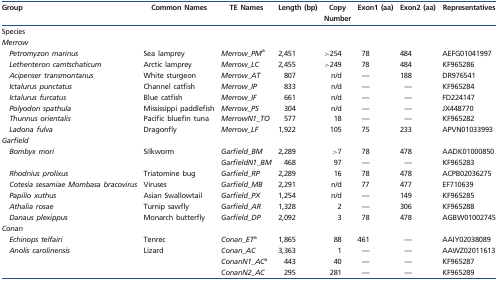
<table><thead><tr><td><b>Group</b></td><td><b>Common Names</b></td><td><b>TE Names</b></td><td><b>Length (bp)</b></td><td><b>Copy Number</b></td><td><b>Exon1 (aa)</b></td><td><b>Exon2 (aa)</b></td><td><b>Representatives</b></td></tr></thead><tbody><tr><td colspan="8">Species</td></tr><tr><td colspan="8"><i>Merrow</i></td></tr><tr><td><i>Petromyzon marinus</i></td><td>Sea lamprey</td><td><i>Merrow_PM</i><sup>a</sup></td><td>2,451</td><td>&gt;254</td><td>78</td><td>484</td><td>AEFG01041997</td></tr><tr><td><i>Lethenteron camtschaticum</i></td><td>Arctic lamprey</td><td><i>Merrow_LC</i></td><td>2,455</td><td>&gt;249</td><td>78</td><td>484</td><td>KF965286</td></tr><tr><td><i>Acipenser transmontanus</i></td><td>White sturgeon</td><td><i>Merrow_AT</i></td><td>807</td><td>n/d</td><td>—</td><td>188</td><td>DR976541</td></tr><tr><td><i>Ictalurus punctatus</i></td><td>Channel catfish</td><td><i>Merrow_IP</i></td><td>833</td><td>n/d</td><td>—</td><td>—</td><td>KF965284</td></tr><tr><td><i>Ictalurus furcatus</i></td><td>Blue catfish</td><td><i>Merrow_IF</i></td><td>661</td><td>n/d</td><td>—</td><td>—</td><td>FD224147</td></tr><tr><td><i>Polyodon spathula</i></td><td>Mississippi paddlefish</td><td><i>Merrow_PS</i></td><td>304</td><td>n/d</td><td>—</td><td>—</td><td>JX448770</td></tr><tr><td><i>Thunnus orientalis</i></td><td>Pacific bluefin tuna</td><td><i>MerrowN1_TO</i></td><td>577</td><td>18</td><td>—</td><td>—</td><td>KF965282</td></tr><tr><td><i>Ladona fulva</i></td><td>Dragonfly</td><td><i>Merrow_LF</i></td><td>1,922</td><td>105</td><td>75</td><td>233</td><td>APVN01033993</td></tr><tr><td colspan="8"><i>Garfield</i></td></tr><tr><td rowspan="2"> <i>Bombyx mori</i></td><td rowspan="2">Silkworm</td><td><i>Garfield_BM</i></td><td>2,289</td><td>&gt;7</td><td>78</td><td>478</td><td>AADK01000850</td></tr><tr><td><i>GarfieldN1_BM</i></td><td>468</td><td>97</td><td>—</td><td>—</td><td>KF965283</td></tr><tr><td><i>Rhodnius prolixus</i></td><td>Triatomine bug</td><td><i>Garfield_RP</i></td><td>2,289</td><td>16</td><td>78</td><td>478</td><td>ACPB02036275</td></tr><tr><td><i>Cotesia sesamiae Mombasa bracovirus</i></td><td>Viruses</td><td><i>Garfield_MB</i></td><td>2,291</td><td>n/d</td><td>77</td><td>477</td><td>EF710639</td></tr><tr><td><i>Papilio xuthus</i></td><td>Asian Swallowtail</td><td><i>Garfield_PX</i></td><td>1,254</td><td>n/d</td><td>—</td><td>149</td><td>KF965285</td></tr><tr><td><i>Athalia rosae</i></td><td>Turnip sawfly</td><td><i>Garfield_AR</i></td><td>1,328</td><td>2</td><td>—</td><td>306</td><td>KF965288</td></tr><tr><td><i>Danaus plexippus</i></td><td>Monarch butterfly</td><td><i>Garfield_DP</i></td><td>2,092</td><td>3</td><td>78</td><td>478</td><td>AGBW01002745</td></tr><tr><td colspan="8"><i>Conan</i></td></tr><tr><td><i>Echinops telfairi</i></td><td>Tenrec</td><td><i>Conan_ET</i><sup>a</sup></td><td>1,865</td><td>88</td><td>461</td><td>—</td><td>AAIY02038089</td></tr><tr><td rowspan="3"> <i>Anolis carolinensis</i></td><td rowspan="3">Lizard</td><td><i>Conan_AC</i></td><td>3,363</td><td>1</td><td>—</td><td>—</td><td>AAWZ02011613</td></tr><tr><td><i>ConanN1_AC</i><sup>a</sup></td><td>443</td><td>40</td><td>—</td><td>—</td><td>KF965287</td></tr><tr><td><i>ConanN2_AC</i></td><td>295</td><td>281</td><td>—</td><td>—</td><td>KF965289</td></tr></tbody></table>